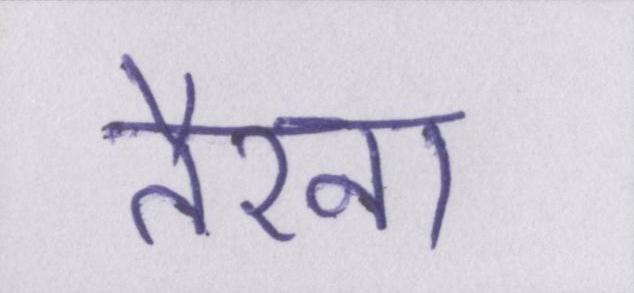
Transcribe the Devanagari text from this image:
तैरना